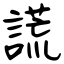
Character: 謊